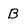
Character: B